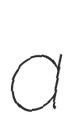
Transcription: a